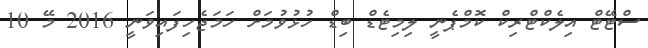
ސްޓޭޓް އިލެކްޓްރިކް ކޮމްޕެނީ ލިމިޓެޑް ބިޑް ހުޅުވުމަށް ހަމަޖެހިފައިވަނީ 2016 މޭ 10